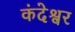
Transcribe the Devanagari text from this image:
कंदेश्वर